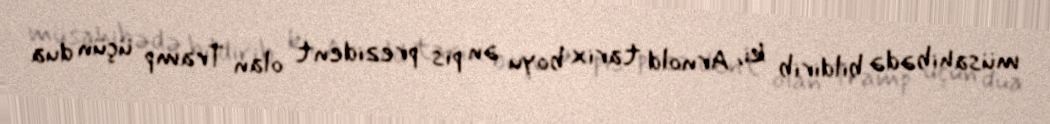
müsahibədə bildirib ki, Arnold tarix boyu ən pis prezident olan Tramp üçün dua